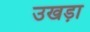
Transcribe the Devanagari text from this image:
उखड़ा